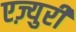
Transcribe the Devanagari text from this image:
एज़्युरी